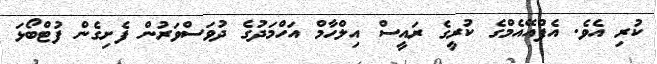
ކުރި އެވެ. އެފްއޭއެމްގެ ކުރީގެ ރައީސް އިލްހާމް އަހްމަދުގެ ދުވަސްވަރުން ފެށިގެން ފުޓްބޯޅަ